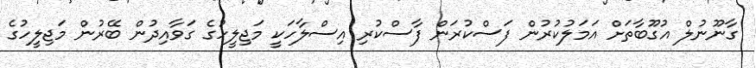
ގާނޫނުލް އުގޫބާތަށް އަމަލުކުރުން ފަސްކުރަން ފާސްކުރި އިސްލާހަކީ މަޖިލީހުގެ ގަވާއިދުން ބޭރުން މަޖިލީހުގެ